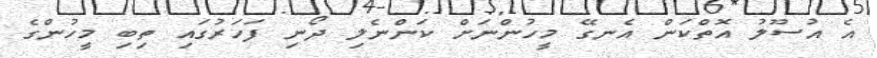
އެ އުސޫލު އޮތްކަން އެނގޭ މީހުންނަށް ކަންނެލި ދޯނި ފަހަރުގައި ތިބި މީހުންގެ